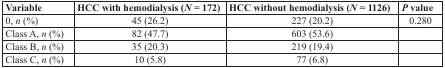
<table><thead><tr><td><b>Variable</b></td><td><b>HCC with hemodialysis (<i>N</i>= 172)</b></td><td><b>HCC without hemodialysis (<i>N</i>= 1126)</b></td><td><b><i>P</i> value</b></td></tr></thead><tbody><tr><td>0, <i>n</i> (%)</td><td>45 (26.2)</td><td>227 (20.2)</td><td>0.280</td></tr><tr><td>Class A, <i>n</i> (%)</td><td>82 (47.7)</td><td>603 (53.6)</td><td></td></tr><tr><td>Class B, <i>n</i> (%)</td><td>35 (20.3)</td><td>219 (19.4)</td><td></td></tr><tr><td>Class C, <i>n</i> (%)</td><td>10 (5.8)</td><td>77 (6.8)</td><td></td></tr></tbody></table>